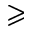
\geqslant